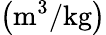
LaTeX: \left({\mathrm{m}}^{3}/{\mathrm{kg}}\right)